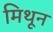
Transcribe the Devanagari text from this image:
मिथून